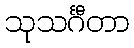
သုသင်္ဂီတာ